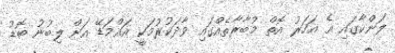
ލަންކާގައި އެ އަހަރު އޮތް މުބާރާތެއްގައި ވާދަކުރުމަކީ އައްމަޑޭ އަށް ލިބުނު ބޮޑު